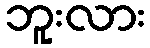
ဘူးလား